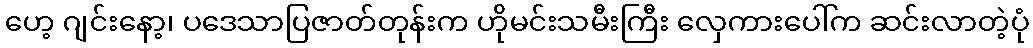
ဟေ့ ဂျင်းနော့၊ ပဒေသာပြဇာတ်တုန်းက ဟိုမင်းသမီးကြီး လှေကားပေါ်က ဆင်းလာတဲ့ပုံ